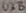
Text: U3B